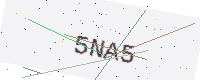
Text: 5NA5